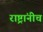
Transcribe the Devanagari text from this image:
राष्ट्रांनीच